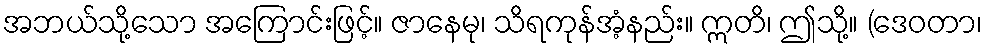
အဘယ်သို့သော အကြောင်းဖြင့်။ ဇာနေမု၊ သိရကုန်အံ့နည်း။ ဣတိ၊ ဤသို့။ (ဒေဝတာ၊